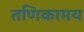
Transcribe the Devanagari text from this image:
तणिकामय